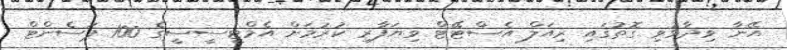
އޭނާ ވިދާޅުވި ގޮތުގައި ރިއަލް އެސްޓޭޓް ވިޔަފާރި ކުރުމަށް އެމްޓީސީސީގެ 100 ޕަސެންޓް